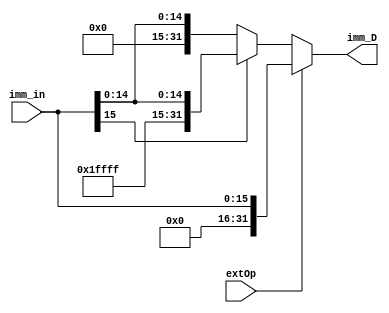
`timescale 1ns / 1ps
//////////////////////////////////////////////////////////////////////////////////
// Company: 
// Engineer: 
// 
// Design Name: 
// Module Name:    ext 
// Project Name: 
// Target Devices: 
// Tool versions: 
// Description: 
//
// Dependencies: 
//
// Revision: 
// Revision 0.01 - File Created
// Additional Comments: 
//
//////////////////////////////////////////////////////////////////////////////////
module ext(imm_in,extOp,imm_D
    );
	input[15:0] imm_in;
	input extOp;
	output reg[31:0] imm_D;
	always@(*)
	begin
		if(extOp)
			imm_D={16'h0000,imm_in};
		else
		begin
			if(imm_in[15]==0)
				imm_D={16'h0000,imm_in};
			else
				imm_D={16'hffff,imm_in};
		end
	end
endmodule